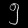
Digit: ၅